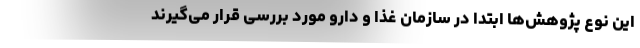
این نوع پژوهش‌ها ابتدا در سازمان غذا و دارو مورد بررسی قرار می‌گیرند